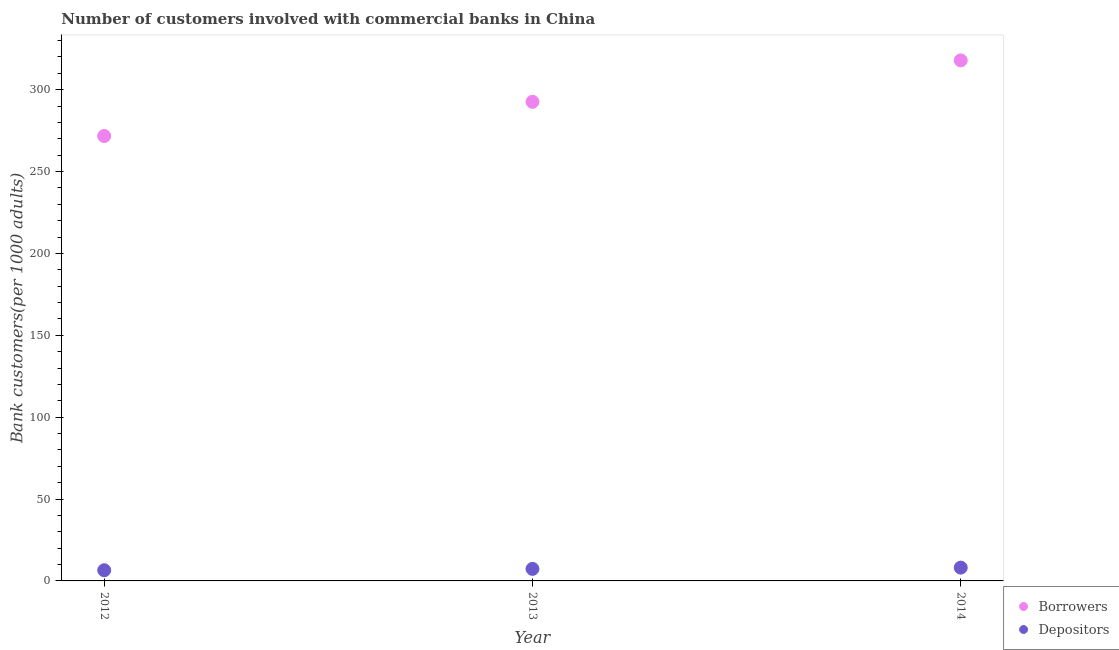
| Year | Borrowers | Depositors |
 | --- | --- | --- |
 | 2012 | 272 | 6.52 |
 | 2013 | 293 | 7.35 |
 | 2014 | 318 | 8.12 |